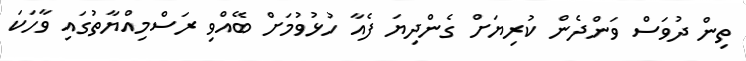
ތިން ދުވަސް ވަންދެން ކުރިޔަށް ގެންދިޔަ ފެއާ ހުޅުވުމަށް ބޭއްވި ރަސްމިއްޔާތުގައި ވާހަކަ